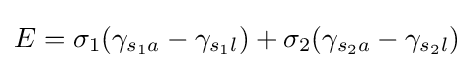
E=\sigma _{1}(\gamma _{s_{1}a}-\gamma _{s_{1}l})+\sigma _{2}(\gamma _{s_{2}a}-\gamma _{s_{2}l})